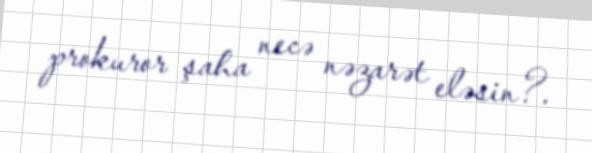
prokuror şaha necə nəzarət eləsin?.